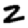
Digit: 2